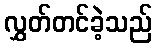
လွှတ်တင်ခဲ့သည်